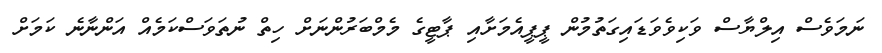
ނަމަވެސް އިލްޔާސް ވަކިވެވަޑައިގަތުމުން ޕީޕީއެމަށާއި ޕާޓީގެ މެމްބަރުންނަށް ހިތް ނުތަވަސްކަމެއް އަންނާނެ ކަމަށް